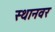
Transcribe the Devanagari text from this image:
स्थानवर